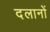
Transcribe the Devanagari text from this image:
दलानों